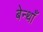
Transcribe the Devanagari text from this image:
बेन्थाँ